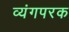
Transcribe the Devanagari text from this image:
व्यंगपरक